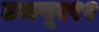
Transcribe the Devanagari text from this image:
डब्ल्यू२१२